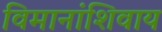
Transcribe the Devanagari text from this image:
विमानांशिवाय